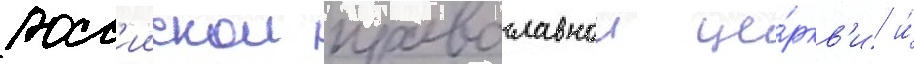
росс'иискои православнои це́ркв'и и́